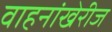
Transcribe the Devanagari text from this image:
वाहनांखेरीज